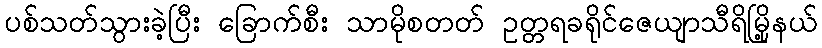
ပစ်သတ်သွားခဲ့ပြီး ခြောက်စီး သာမိုစတတ် ဥတ္တရခရိုင်ဇေယျာသီရိမြို့နယ်